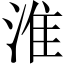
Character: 淮